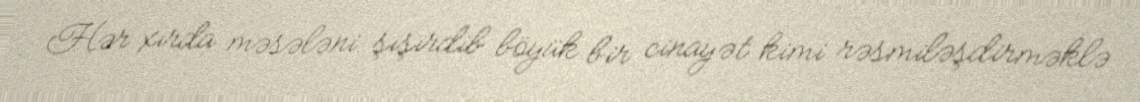
Hər xırda məsələni şişirdib böyük bir cinayət kimi rəsmiləşdirməklə